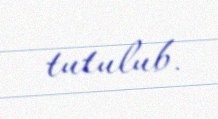
tutulub.